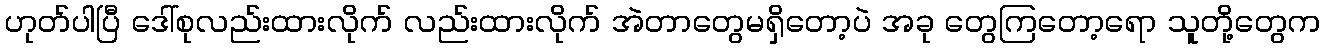
ဟုတ်ပါပြီ ဒေါ်စုလည်းထားလိုက် လည်းထားလိုက် အဲတာတွေမရှိတော့ပဲ အခု တွေကြတော့ရော သူတို့တွေက